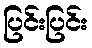
ပြင်းပြင်း